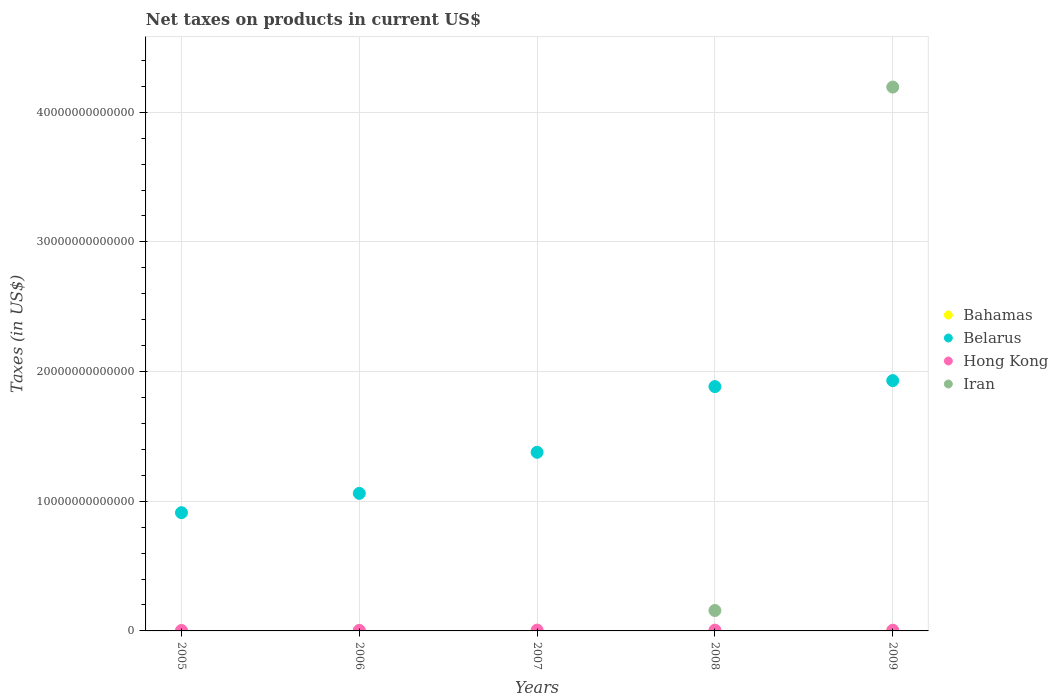
| Years | Bahamas | Belarus | Hong Kong | Iran |
 | --- | --- | --- | --- | --- |
 | 2005 | 5.16e+08 | 9.12e+12 | 3.53e+10 | -2.3e+13 |
 | 2006 | 6.06e+08 | 1.06e+13 | 4.03e+10 | -3.59e+13 |
 | 2007 | 6.51e+08 | 1.38e+13 | 6.46e+10 | -7.45e+12 |
 | 2008 | 6.86e+08 | 1.88e+13 | 5.82e+10 | 1.58e+12 |
 | 2009 | 5.76e+08 | 1.93e+13 | 5.47e+10 | 4.19e+13 |